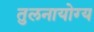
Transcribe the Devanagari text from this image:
तुलनायोग्य